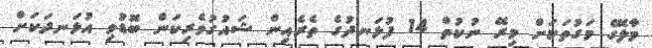
މާލޭގެ މަގުތަކަށް މިރޭ ނުކުތް 14 ފުޅަނދުގެ ތެރެއިން ޝައުގުވެރިކަން ބޮޑުވި އުޅަނދަކަށް